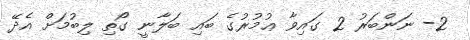
2- ނަންބަރު 2 ގައިވާ ޢުމުރުގެ ބައި ބަލާނީ ގޯތި ލިބުމަށް އެދޭ